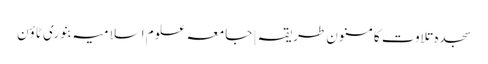
سجدہ تلاوت کا مسنون طریقہ | جامعہ علوم اسلامیہ بنوری ٹاؤن